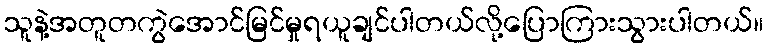
သူနဲ့အတူတကွဲအောင်မြင်မှုရယူချင်ပါတယ်လို့ပြောကြားသွားပါတယ်။